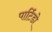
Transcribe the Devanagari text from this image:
पार्टिडो